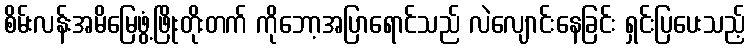
စိမ်းလန်းအမိမြေဖွံ့ဖြိုးတိုးတက် ကိုဘော့အပြာရောင်သည် လဲလျောင်းနေခြင်း ရှင်းပြပေးသည့်